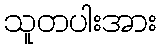
သူတပါးအား